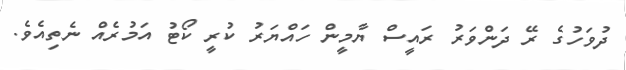
ދުވަހުގެ ރޭ ދަންވަރު ރައީސް ޔާމީން ހައްޔަރު ކުރީ ކޯޓު އަމުރެއް ނެތިއެވެ.